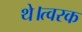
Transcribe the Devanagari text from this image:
थे।त्वरक